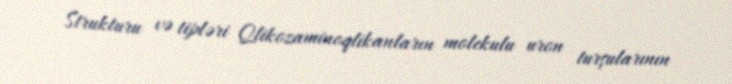
Strukturu və tipləri Qlikozaminoqlikanların molekulu uron turşularının